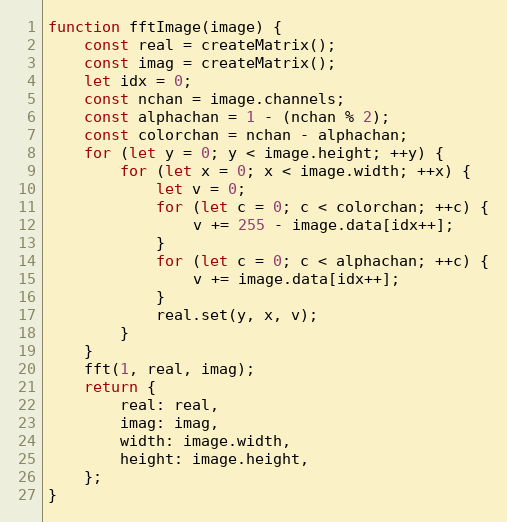
Language: JavaScript
function fftImage(image) {
    const real = createMatrix();
    const imag = createMatrix();
    let idx = 0;
    const nchan = image.channels;
    const alphachan = 1 - (nchan % 2);
    const colorchan = nchan - alphachan;
    for (let y = 0; y < image.height; ++y) {
        for (let x = 0; x < image.width; ++x) {
            let v = 0;
            for (let c = 0; c < colorchan; ++c) {
                v += 255 - image.data[idx++];
            }
            for (let c = 0; c < alphachan; ++c) {
                v += image.data[idx++];
            }
            real.set(y, x, v);
        }
    }
    fft(1, real, imag);
    return {
        real: real,
        imag: imag,
        width: image.width,
        height: image.height,
    };
}